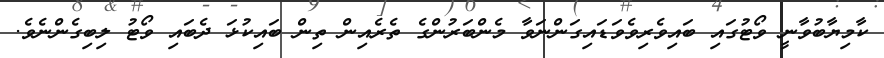
ކާމިޔާބުވާނީ ވޯޓުގައި ބައިވެރިވެވަޑައިގަންނަވާ މެންބަރުންގެ ތެރެއިން ތިން ބައިކުޅަ ދެބައި ވޯޓު ލިބިގެންނެވެ.